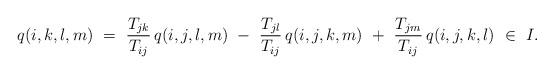
LaTeX: \begin{align*} q(i,k,l,m) \ =\ \frac{T_{jk}}{T_{ij}}\,q(i,j,l,m) \ -\ \frac{T_{jl}}{T_{ij}}\,q(i,j,k,m) \ +\ \frac{T_{jm}}{T_{ij}}\,q(i,j,k,l)\ \in\ I. \end{align*}